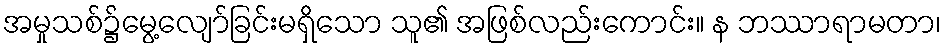
အမှုသစ်၌မွေ့လျော်ခြင်းမရှိသော သူ၏ အဖြစ်လည်းကောင်း။ န ဘဿာရာမတာ၊